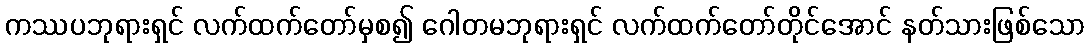
ကဿပဘုရားရှင် လက်ထက်တော်မှစ၍ ဂေါတမဘုရားရှင် လက်ထက်တော်တိုင်အောင် နတ်သားဖြစ်သော